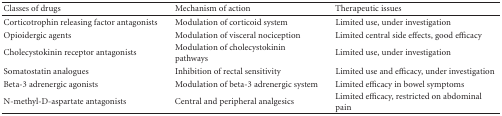
<table><thead><tr><td><b>Classes of drugs</b></td><td><b>Mechanism of action</b></td><td><b>Therapeutic issues</b></td></tr></thead><tbody><tr><td>Corticotrophin releasing factor antagonists</td><td>Modulation of corticoid system</td><td>Limited use, under investigation</td></tr><tr><td>Opioidergic agents</td><td>Modulation of visceral nociception</td><td>Limited central side effects, good efficacy</td></tr><tr><td>Cholecystokinin receptor antagonists</td><td>Modulation of cholecystokinin pathways</td><td>Limited use, under investigation</td></tr><tr><td>Somatostatin analogues</td><td>Inhibition of rectal sensitivity</td><td>Limited use and efficacy, under investigation</td></tr><tr><td>Beta-3 adrenergic agonists</td><td>Modulation of beta-3 adrenergic system</td><td>Limited efficacy in bowel symptoms</td></tr><tr><td>N-methyl-D-aspartate antagonists</td><td>Central and peripheral analgesics</td><td>Limited efficacy, restricted on abdominal pain</td></tr></tbody></table>